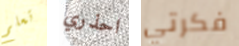
تعلم احذري فكرتي